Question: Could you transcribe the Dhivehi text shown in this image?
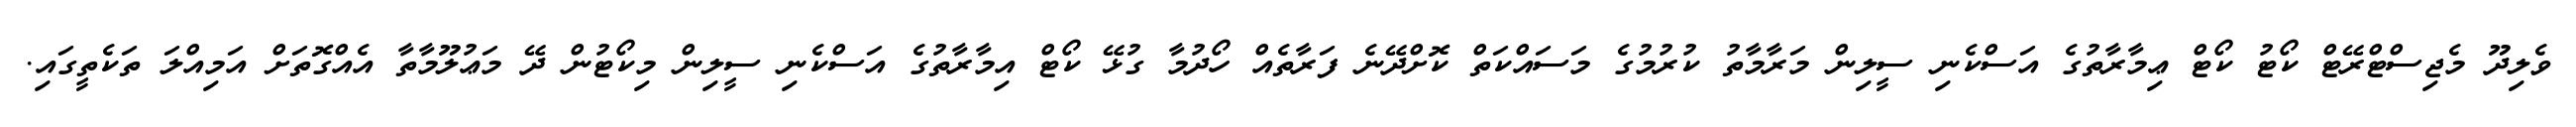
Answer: ވެލިދޫ މެޖިސްޓްރޭޓް ކޯޓު ކޯޓް ޢިމާރާތުގެ އަސްކެނި ސީލިން މަރާމާތު ކުރުމުގެ މަސައްކަތް ކޮށްދޭނެ ފަރާތެއް ހޯދުމާ ގުޅޭ ކޯޓް އިމާރާތުގެ އަސްކެނި ސީލިން މިކޯޓުން ދޭ މަޢުލޫމާތާ އެއްގޮތަށް އަމިއްލަ ތަކެތީގައި.